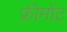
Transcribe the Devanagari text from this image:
फ्रीमोंट